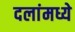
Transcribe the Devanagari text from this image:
दलांमध्ये